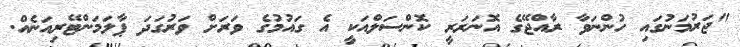
"ޖަރުމަނުގައި ހުންނަވާ ރާއްޖޭގެ އޮނަރަރީ ކޮންސަލްއަކީ އެ ގައުމުގެ ވަރަށް ވަރުގަދަ ޕާލަމަންޓޭރިއަނެއް.